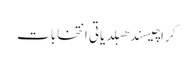
کراچیسندھبلدیاتی انتخابات